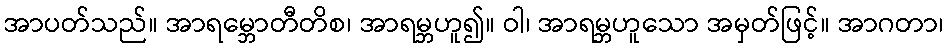
အာပတ်သည်။ အာရမ္ဘောတီတိစ၊ အာရမ္ဘဟူ၍။ ဝါ၊ အာရမ္ဘဟူသော အမှတ်ဖြင့်။ အာဂတာ၊